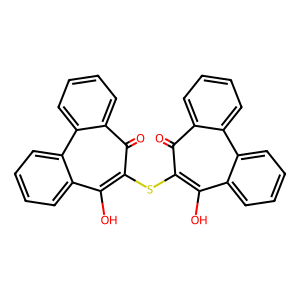
SMILES: O=c1c(Sc2c(O)c3ccccc3c3ccccc3c2=O)c(O)c2ccccc2c2ccccc12
Inhibits HIV replication: No